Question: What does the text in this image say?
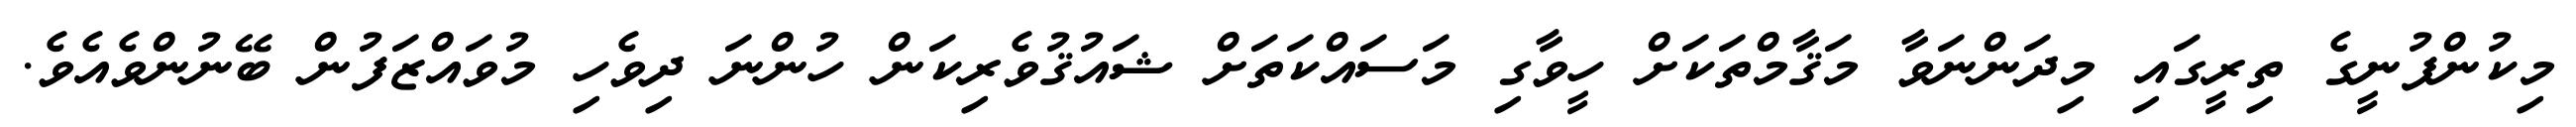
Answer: މިކުންފުނީގެ ތިރީގައި މިދަންނަވާ މަޤާމްތަކަށް ހީވާގި މަސައްކަތަށް ޝައުޤުވެރިކަން ހުންނަ ދިވެހި މުވައްޒަފުން ބޭނުންވެއެވެ.